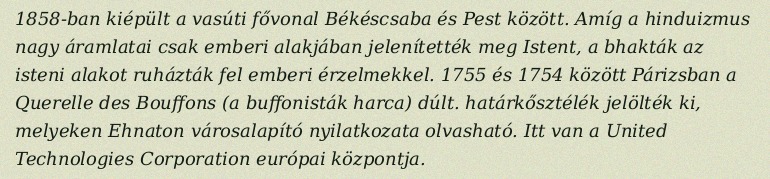
1858-ban kiépült a vasúti fővonal Békéscsaba és Pest között. Amíg a hinduizmus nagy áramlatai csak emberi alakjában jelenítették meg Istent, a bhakták az isteni alakot ruházták fel emberi érzelmekkel. 1755 és 1754 között Párizsban a Querelle des Bouffons (a buffonisták harca) dúlt. határkősztélék jelölték ki, melyeken Ehnaton városalapító nyilatkozata olvasható. Itt van a United Technologies Corporation európai központja.